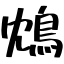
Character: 鴆